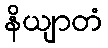
နိယျာတံ